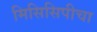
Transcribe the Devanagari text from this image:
मिसिसिपीचा